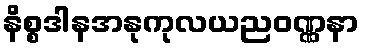
နိစ္စဒါနအနုကုလယညဝဏ္ဏနာ